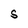
Character: s